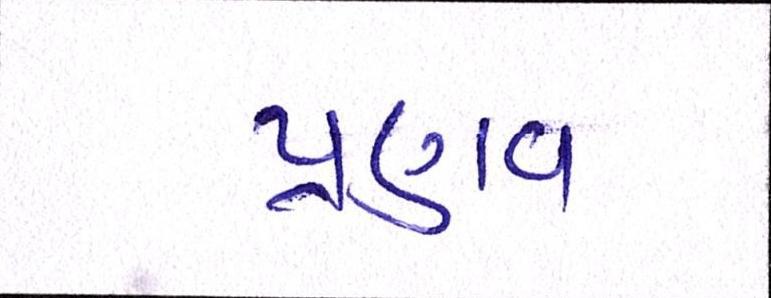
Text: પ્રણવ